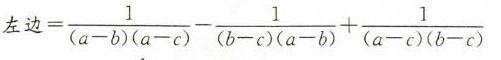
$$左 边 = \frac { 1 } { ( a - b ) ( a - c ) } - \frac { 1 } { ( b - c ) ( a - b ) } + \frac { 1 } { ( a - c ) ( b - c ) }